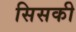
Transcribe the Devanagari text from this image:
सिसकी